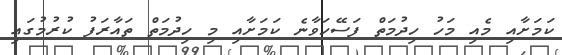
ކަމަށާއި މެއި މަހު ހިދުމަތް ފަސޭހަވާނެ ކަމަށާއި މި ހިދުމަތް ތައާރަފު ކުރުމުގައި